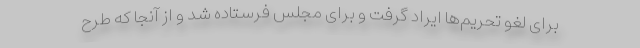
برای لغو تحریم‌ها ایراد گرفت و برای مجلس فرستاده شد و از آنجا که طرح